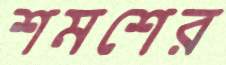
শমশের